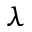
\lambda